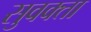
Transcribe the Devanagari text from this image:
सुवक्‍ता